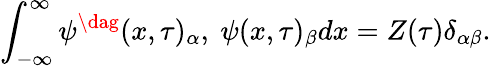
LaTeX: \int_{-\infty}^{\infty}{\psi^{\dag}}(x,\tau)_{\alpha},\ \psi(x,\tau)_{\beta}dx=Z(\tau)\delta_{\alpha\beta}.